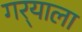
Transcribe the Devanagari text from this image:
गर्‍याला